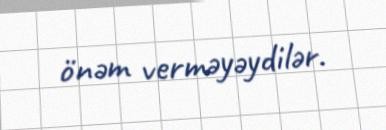
önəm verməyəydilər.